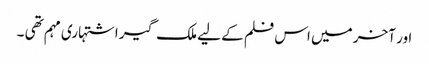
اور آخر میں اس فلم کے لیے ملک گیر اشتہاری مہم تھی ۔